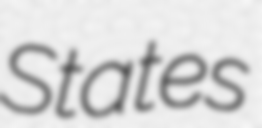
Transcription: States